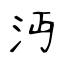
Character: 沔